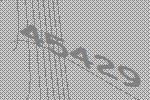
45429